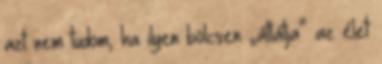
azt nem tudom, ha ilyen bölcsen „átlátja” az élet